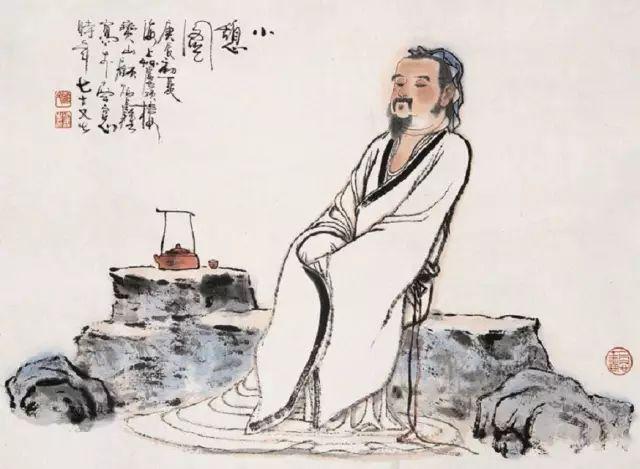
祸褔无不自己求之者。